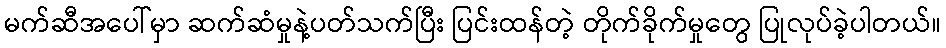
မက်ဆီအပေါ်မှာ ဆက်ဆံမှုနဲ့ပတ်သက်ပြီး ပြင်းထန်တဲ့ တိုက်ခိုက်မှုတွေ ပြုလုပ်ခဲ့ပါတယ်။